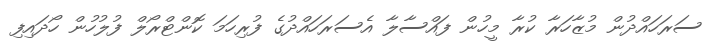
ސަރަހައްދުން މުޒާހަރާ ކުރާ މީހުން ފައްސާލާ އެސަރަހައްދުގެ ފުރިހަމަ ކޮންޓްރޯލް ފުލުހުން ހޯދައިފި